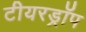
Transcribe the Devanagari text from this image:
टीयरड्रॉप